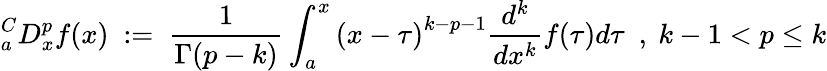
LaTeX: {}_{a}^{C}D_{x}^{p}f(x)~:=~{\frac{1}{\Gamma(p-k)}}\int_{a}^{x}{(x-\tau)}^{k-p-1}{\frac{d^{k}}{dx^{k}}}f(\tau)d\tau~~,~k-1<p\leq k